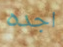
اجده